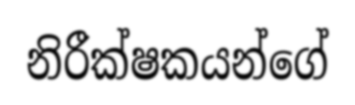
නිරීක්ෂකයන්ගේ